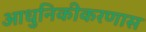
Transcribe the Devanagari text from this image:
आधुनिकीकरणास